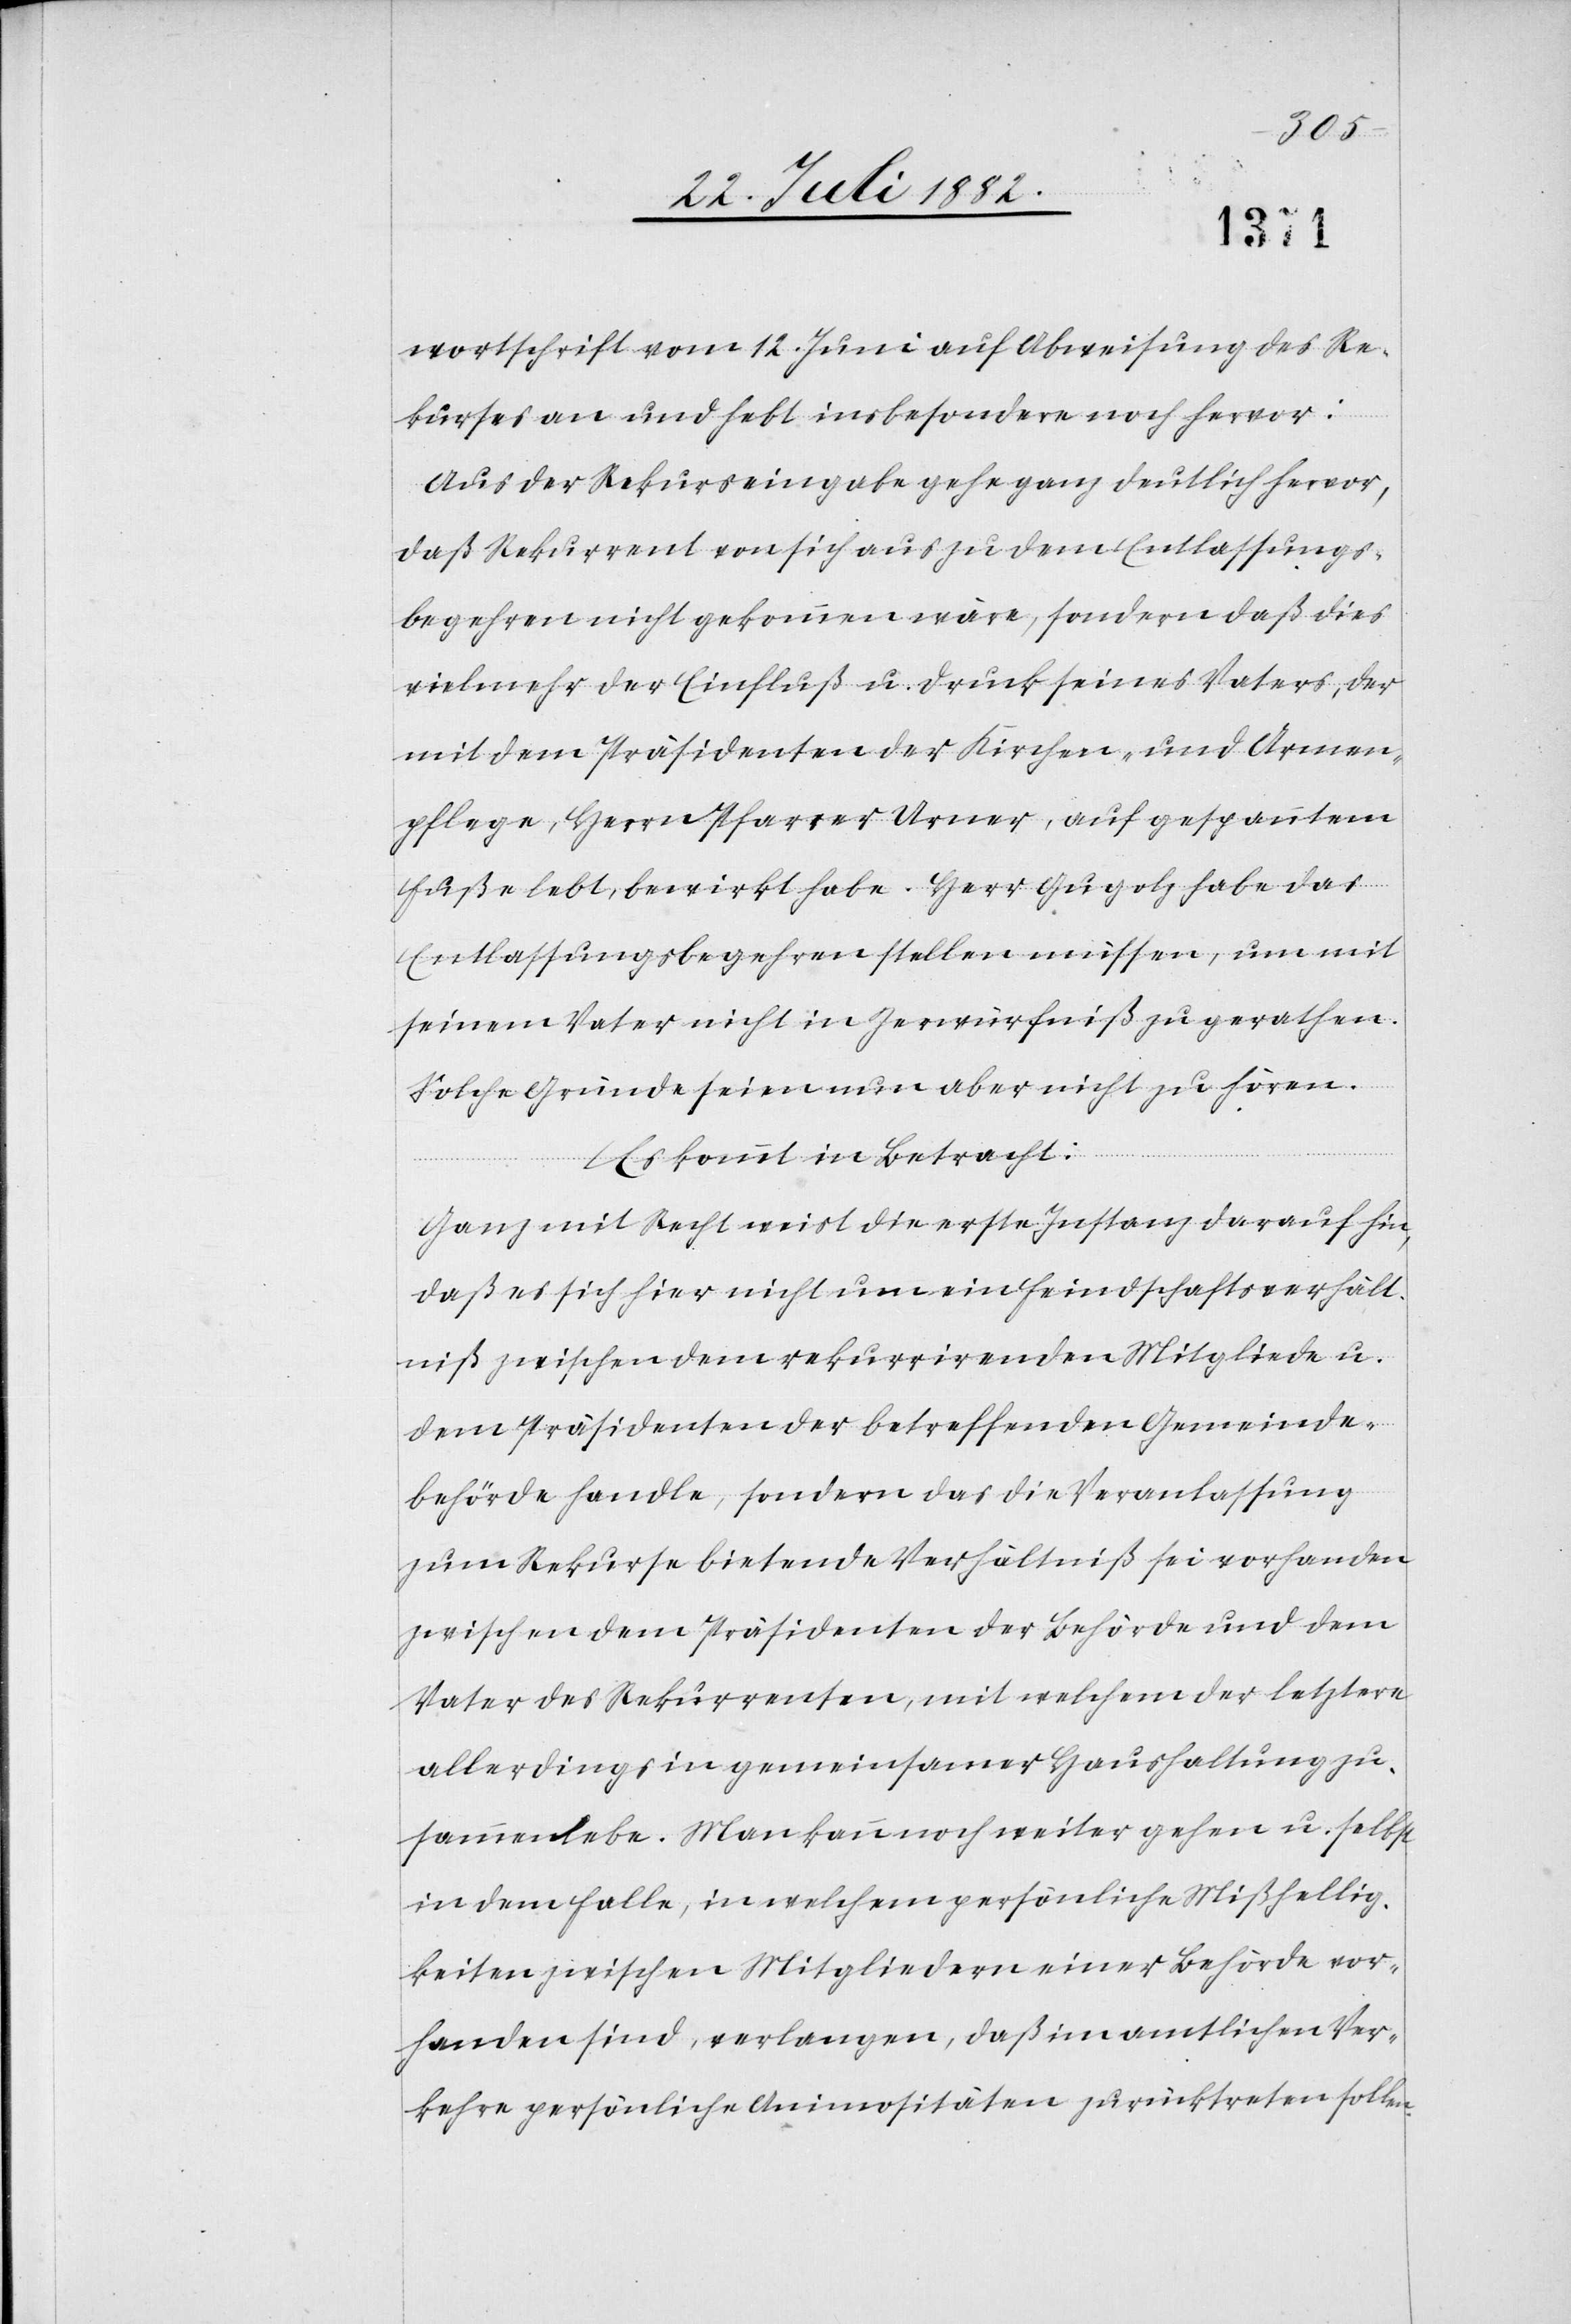
wortschrift vom 12. Juni auf Abweisung des Re¬
kurses an und hebt insbesondere noch hervor:
Aus der Rekurseingabe gehe ganz deutlich hervor,
daß Rekurrent von sich aus zu dem Entlassungs¬
begehren nicht gekommen wäre, sondern daß dies
vielmehr der Einfluß u. Druck seines Vaters, der
mit dem Präsidenten der Kirchen- und Armen¬
pflege, Herrn Pfarrer Urner, auf gespanntem
Fuße lebt, bewirkt habe. Herr Gugolz habe das
Entlassungsbegehren stellen müssen, um mit
seinem Vater nicht in Zerwürfniß zu gerathen.
Solche Gründe seien nun aber nicht zu hören.
Es kommt in Betracht:
Ganz mit Recht weist die erste Instanz darauf hin,
daß es sich hier nicht um ein Feindschaftsverhält¬
niß zwischen dem rekurrirenden Mitgliede u.
dem Präsidenten der betreffenden Gemeinde¬
behörde handle, sondern das die Veranlassung
zwischen dem Präsidenten des Behörde und dem
Vater des Rekurrenten, mit welchem der letztere
allerdings in gemeinsamer Haushaltung zu¬
sammenlebe. Man kann noch weiter gehen u. selbst
in dem Falle, in welchem persönliche Mißsellig¬
keiten zwischen Mitgliedern einer Behörde vor¬
handen sind, verlangen, daß im amtlichen Ver¬
kehre persönliche Animositäten zurücktreten sollen.